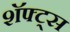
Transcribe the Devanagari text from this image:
शॅफ्ट्स